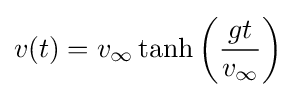
v(t)=v_{\infty }\tanh \left({\frac {gt}{v_{\infty }}}\right)